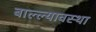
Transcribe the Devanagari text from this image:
बाल्ल्यावस्था